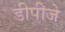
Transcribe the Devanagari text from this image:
डीपीजे